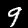
Digit: 9